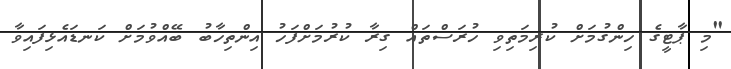
"މި ޕާޓީގެ ހިންގުމަށް ކުރިމަތިވި ހުރަސްތައް ގިރާ ކުރުމަށްފަހު އިންތިހާބު ބޭއްވުމަށް ކަނޑައެޅިފައިވާ